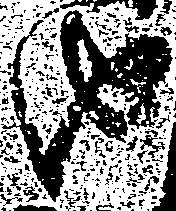
由